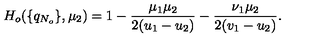
H _ { o } ( \{ q _ { N _ { o } } \} , \mu _ { 2 } ) = 1 - \frac { \mu _ { 1 } \mu _ { 2 } } { 2 ( u _ { 1 } - u _ { 2 } ) } - \frac { \nu _ { 1 } \mu _ { 2 } } { 2 ( v _ { 1 } - u _ { 2 } ) } .